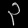
Digit: ၃